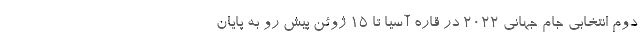
دوم انتخابی جام جهانی ۲۰۲۲ در قاره آسیا تا ۱۵ ژوئن پیش رو به پایان